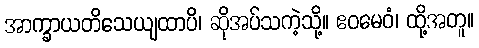
အာက္ခာယတိသေယျထာပိ၊ ဆိုအပ်သကဲ့သို့။ ဧဝမေဝံ၊ ထို့အတူ။